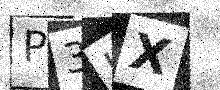
Text: P3LX